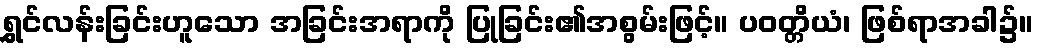
ရွှင်လန်းခြင်းဟူသော အခြင်းအရာကို ပြုခြင်း၏အစွမ်းဖြင့်။ ပဝတ္တိယံ၊ ဖြစ်ရာအခါ၌။